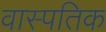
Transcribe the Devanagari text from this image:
वास्पतिक